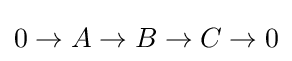
0\to A\to B\to C\to 0